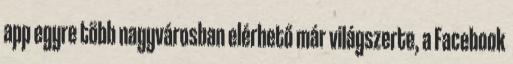
app egyre több nagyvárosban elérhető már világszerte, a Facebook